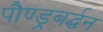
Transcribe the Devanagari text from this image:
पौण्ड्रबर्द्धन